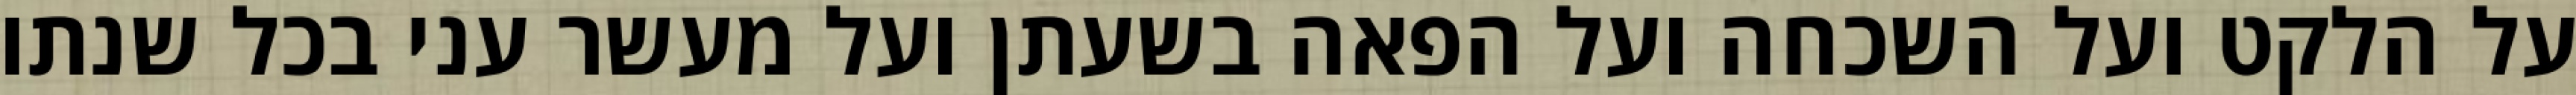
על הלקט ועל השכחה ועל הפאה בשעתן ועל מעשר עני בכל שנתו